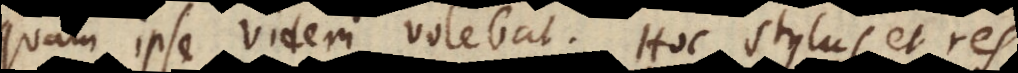
quam ipse videri volebat: hoc stylus et res